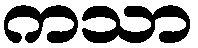
ကသာ